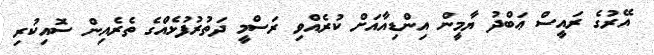
އޭރުގެ ރައީސް ޢަބްދު ޔާމީން އިންޑިއާއަށް ކުރެއްވި ރަސްމީ ދަތުރުފުޅެއްގެ ތެރެއިން ސޮއިކުރި